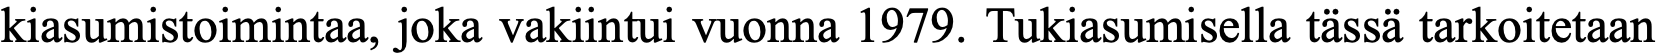
kiasumistoimintaa, joka vakiintui vuonna 1979. Tukiasumisella tässä tarkoitetaan